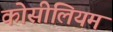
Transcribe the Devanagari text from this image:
कोसीलियम